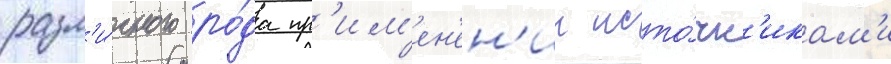
разл'и́чного ро́да пр'им'ен'ен'ии исто́чн'икам'и